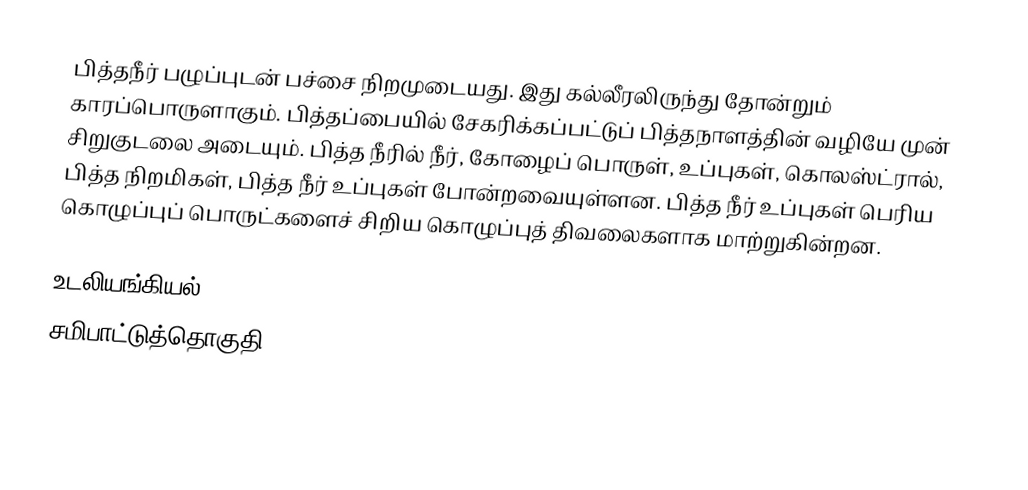
பித்தநீர் பழுப்புடன் பச்சை நிறமுடையது. இது கல்லீரலிருந்து தோன்றும் காரப்பொருளாகும். பித்தப்பையில் சேகரிக்கப்பட்டுப் பித்தநாளத்தின் வழியே முன் சிறுகுடலை அடையும். பித்த நீரில் நீர், கோழைப் பொருள், உப்புகள், கொலஸ்ட்ரால், பித்த நிறமிகள், பித்த நீர் உப்புகள் போன்றவையுள்ளன. பித்த நீர் உப்புகள் பெரிய கொழுப்புப் பொருட்களைச் சிறிய கொழுப்புத் திவலைகளாக மாற்றுகின்றன.

உடலியங்கியல்
சமிபாட்டுத்தொகுதி